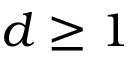
d \geq 1